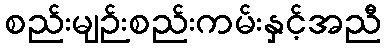
စည်းမျဉ်းစည်းကမ်းနှင့်အညီ